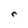
Character: r